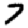
Digit: 7